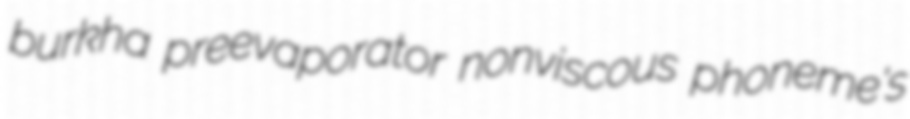
burkha preevaporator nonviscous phoneme's